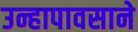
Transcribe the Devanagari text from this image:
उन्हापावसाने